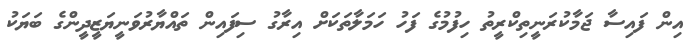
އިން ފައިސާ ޖަމާކުރަނީތިކްރީތު ހިފުމުގެ ފަހު ހަމަލާތަކަށް އިރާގު ސިފައިން ތައްޔާރުވަނީޔަޒީދީންގެ ބަޔަކު